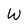
Character: w